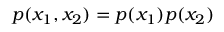
p ( x _ { 1 } , x _ { 2 } ) = p ( x _ { 1 } ) p ( x _ { 2 } )